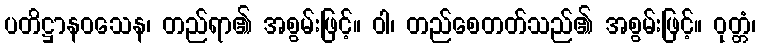
ပတိဋ္ဌာနဝသေန၊ တည်ရာ၏ အစွမ်းဖြင့်။ ဝါ၊ တည်စေတတ်သည်၏ အစွမ်းဖြင့်။ ဝုတ္တံ၊